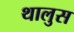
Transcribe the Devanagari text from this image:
थालुस